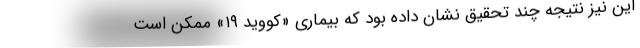
این نیز نتیجه چند تحقیق نشان داده بود که بیماری «کووید ۱۹» ممکن است